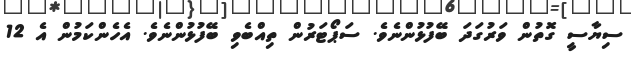
ސިޔާސީ ގޮތުން ވަރުގަދަ ބޭފުޅުންނެވެ. ސަޕޯޓަރުން ތިއްބެވި ބޭފުޅުންނެވެ. އެހެންކަމުން އެ 12